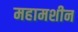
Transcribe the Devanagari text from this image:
महामशीन